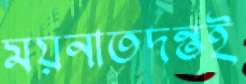
ময়নাতদন্তই